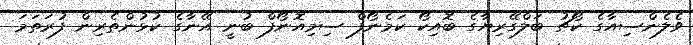
ވެލެންސިއާގެ ކޯޗު ބަލްގޭރިޔާގެ ބޮއިކޯ ކަމެނޯފް ސިމިއޮނޯފް ބުނީ އޭނާގެ ކުޅުންތެރިން ފުރަތަމަ